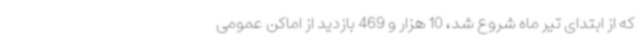
که از ابتدای تیر ماه شروع شد، 10 هزار و 469 بازدید از اماکن عمومی